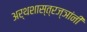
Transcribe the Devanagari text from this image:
अर्थशास्त्रज्ञांनी